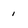
Character: 1